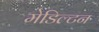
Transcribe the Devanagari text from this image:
मेडिल्टन